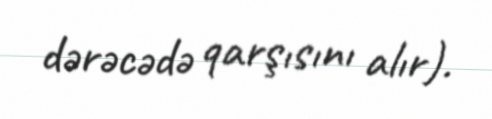
dərəcədə qarşısını alır).